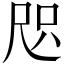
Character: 咫